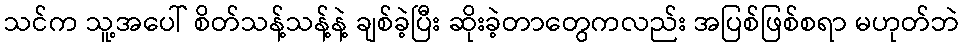
သင်က သူ့အပေါ် စိတ်သန့်သန့်နဲ့ ချစ်ခဲ့ပြီး ဆိုးခဲ့တာတွေကလည်း အပြစ်ဖြစ်စရာ မဟုတ်ဘဲ